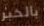
بالخبر